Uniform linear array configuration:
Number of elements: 48
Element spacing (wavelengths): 1
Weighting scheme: cosine
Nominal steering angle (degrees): -30
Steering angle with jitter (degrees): -30.261
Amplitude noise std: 0.05
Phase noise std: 0.05

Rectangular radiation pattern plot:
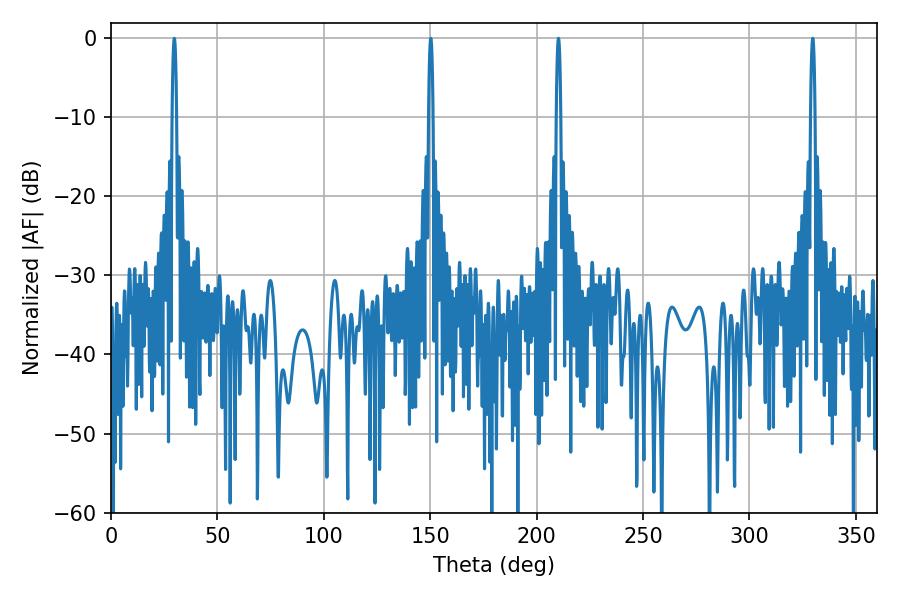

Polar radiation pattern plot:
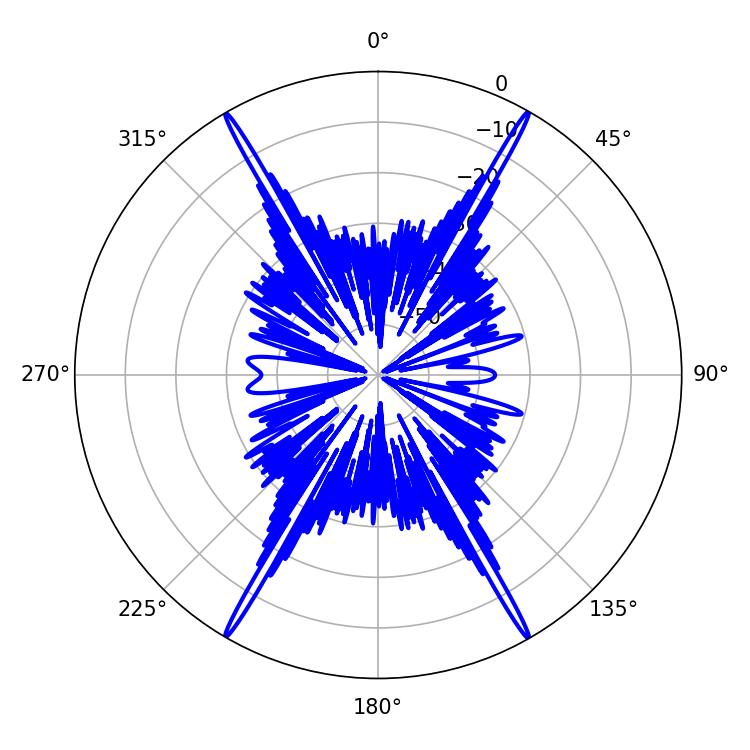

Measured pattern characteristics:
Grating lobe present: TRUE
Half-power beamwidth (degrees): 1.08
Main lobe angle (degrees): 329.76